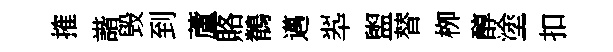
搉諧毁到蘆賂鶺邁翆盥替栁醇塗扣